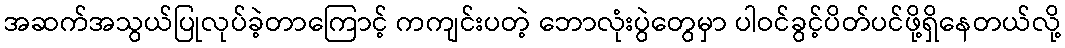
အဆက်အသွယ်ပြုလုပ်ခဲ့တာကြောင့် ကကျင်းပတဲ့ ဘောလုံးပွဲတွေမှာ ပါဝင်ခွင့်ပိတ်ပင်ဖို့ရှိနေတယ်လို့